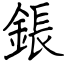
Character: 鋹